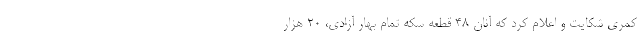
کمری شکایت و اعلام کرد که آنان ۴۸ قطعه سکه تمام بهار آزادی، ۲۰ هزار